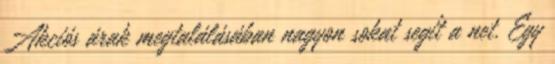
Akciós árak megtalálásában nagyon sokat segít a net. Egy